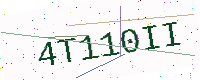
Text: 4T110II